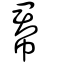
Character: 帬